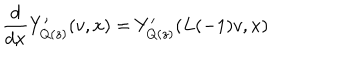
\frac { d } { d x } Y _ { Q ( z ) } ^ { \prime } ( v , x ) = Y _ { Q ( z ) } ^ { \prime } ( L ( - 1 ) v , x )